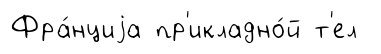
Фра́нциjа пр'икладно́й т'ел